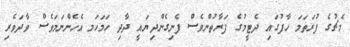
މެޗުގެ ފުރަތަމަ ހާފުގައި ދެޓީމުގެ ފަރާތުންވެސް ފެނިގެންދިޔައީ ދާދި ހަމަހަމ އެހެންނަމަވެސް ވާދަވެރި